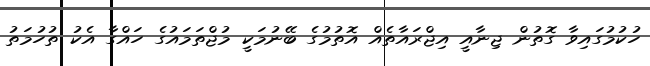
ހުކުމުގައިވާ ގޮތުން ޖިނާއީ އިޖްރައާތެއް އޮތުމުގެ ބޭނުމަކީ މުޖްތަމައުގެ ހައްގާ އެކު ތުހުމަތު